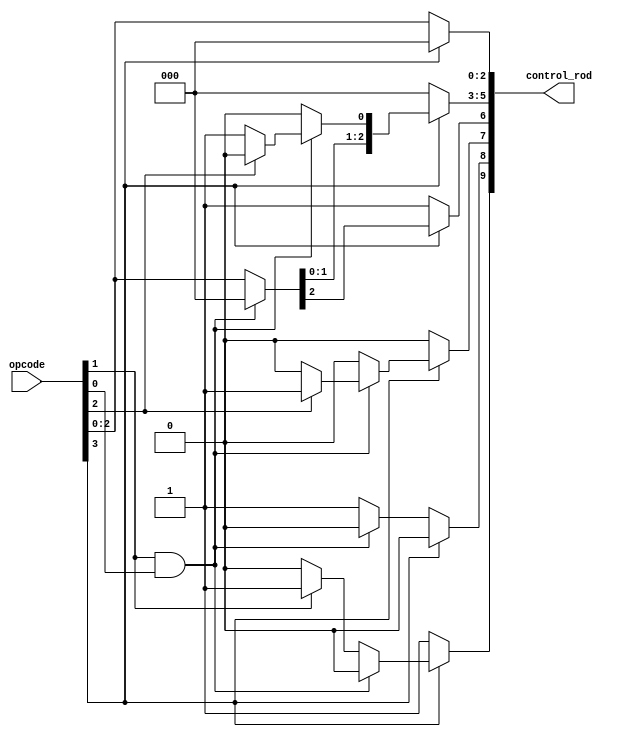
module control_unit(
  input  [3:0]    opcode,    			  // First four bits of the instruction
//   input            clk,             	  // Clock

  output [9:0]  control_rod         	  // Set of all control signals
);

  reg [9:0] cu_reg=10'b0000000000;    	  // Register to store the values of the control signals

  always @ (*) begin
    // $display("Opcode from CU: %b",opcode);
    cu_reg[9:0]	= 10'b0000000000;	  	  //Set all the bits of the control unit register to 0
    if(!opcode[3]) begin                    //bit no. 3 of the opcode is 0 for the operations which need to be performed by the ALU else it is 1
      cu_reg[2:0] = opcode[2:0];	  	  //Conrol_signals for ALU operations(other than the bit no. 3, rest others are the same as the corresponding bits of the opcode)
      cu_reg[6]=1'b1;
      cu_reg[9]=1'b1;
      if(!(opcode[1]&opcode[0]))
        cu_reg[8]=1'b1;
    end else if(opcode[0]&opcode[1]) begin		//Control Signals for BEQ and JMP (both the bits 0 and 1 in the opcode are 1 in case of jump and beq)
      if(opcode[2])                         // bit no. 2 of the opcode is 1 for jump instruction
        cu_reg[7]=1'b1;
      else                                  // bit no. 2 of the opcode is 0 for beq instruction
        cu_reg[3]=1'b1;
    end else begin				   //Control Signals for LD, ST and RES (bit no. 0 of the opcode is 1 and the bit no. 1 is 0 for these operations)
      cu_reg[6:4] = opcode[2:0];            //The bits from 5 to 8 of the control rod are the same as the bits from 0 to 2 of the opcodes
      if(opcode[1]) 
        cu_reg[9]=1'b1;
    end
  end


    // Refer to the opcode table:
    // NOP : 1000
    // ADD : 0001
    // MUL : 0010
    // XOR : 0100
    // INC : 0011
    // CMP : 0110
    // BEQ : 1011
    // JMP : 1111
    // LD  : 1101
    // ST  : 1010
    // RES : 1100

  assign control_rod = cu_reg;      //Attaching the output wire to the control unit register

endmodule


// module tb();
//     reg [3:0] op;
//     output [9:0] cr;

//     control_unit dut(.opcode(op),.control_rod(cr));

//     initial begin
//         $dumpfile("aryan.vcd");
//         $dumpvars(0,tb);
//         op <= 4'b1010;    #10;
//         op <= 4'b0011;    #10;
//         op <= 4'b0110;    #10;
//         op <= 4'b1101;    #10;
//         $finish;
//     end

// endmodule

// OPCODES WITH STLLING SIGNALS:
// NOP : 1000 00
// ADD : 0001 11
// MUL : 0010 11
// XOR : 0100 11
// INC : 0011 10
// CMP : 0110 11
// BEQ : 1011 10
// JMP : 1111 00
// LD  : 1101 00
// ST  : 1010 10
// RES : 1100 00

// Control Rod (Bits):
// 0-2 for ALU
// 3 for IsBranch
// 4 for IsLoad
// 5 for IsMemWrite
// 6 for IsRegWrite
// 7 for JMP
// 8 for ReadReg(9-13)
// 9 for ReadReg(5-8)


// // module tb();
// //     reg [3:0] op;
// //     output [7:0] cr;

// //     aryan_test dut(.opcode(op),.control_rod(cr));
    
// //     initial begin
// //         $dumpfile("aryan.vcd");
// //         $dumpvars(0,tb);
// //         op <= 4'b0001;    #10;
// //         op <= 4'b1111;    #10;
// //         op <= 4'b0110;    #10;
// //         op <= 4'b1101;    #10;
// //         $finish;
// //     end

// // endmodule

// // OPCODES:
// // NOP : 0000
// // ADD : 0001
// // MUL : 0010
// // XOR : 0100
// // INC : 0011
// // CMP : 0110
// // BEQ : 1011
// // JMP : 1111
// // LD  : 1101
// // ST  : 1010
// // RES : 1100

// // Control Rod (Bits):
// // 0-2 for ALU
// // 3 for BEQ
// // 4 for ReadMem
// // 5 for MemWrite
// // 6 for RegWrite
// // 7 for JMP